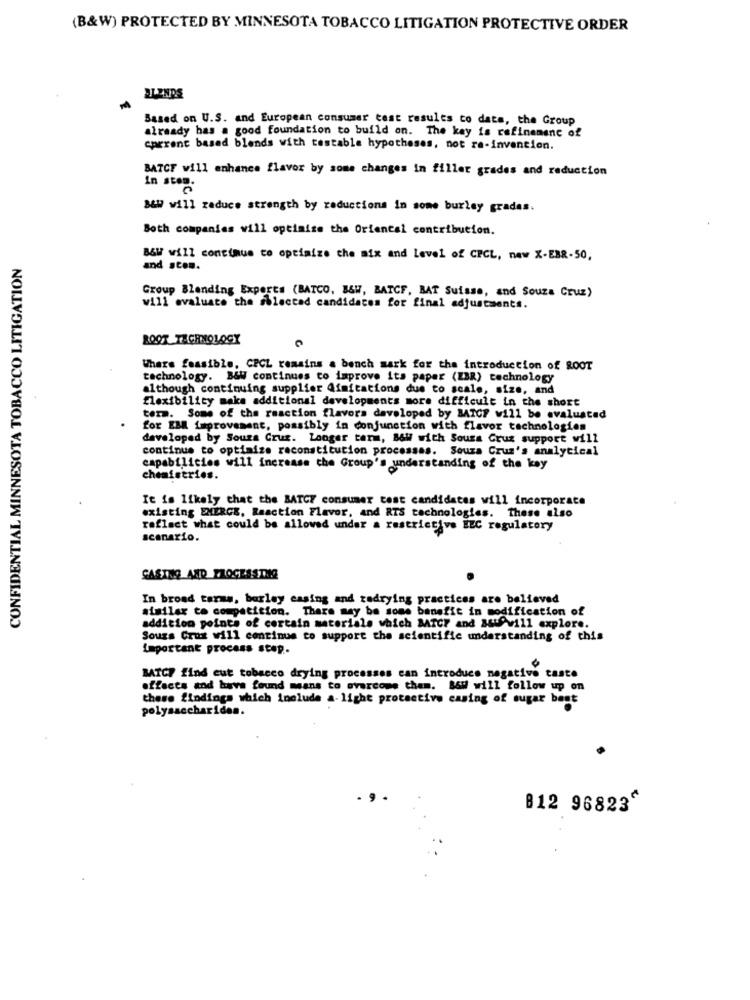
(B&W) PROTECTED BY MINNESOTA TOBACCO LITIGATION PROTECTIVE ORDER
BLENDS
Based on U.S. and European consumer test results co dats, the Group
already has a good foundation to build on. The key is refinement of
carrent based blends with testable hypotheses, not ra-invention.
BATCF will enhance flavor by some changes in filler grades and reduction
In ston.
B&W will reduce strength by reductions in some burley grades.
Both companies will optimize the Oriental contribution.
CONFIDENTIAL MINNESOTA TOBACCO LITIGATION
B&W will continue to optimize the mix and Level of CPCL, new X-EBR-50,
and .Com.
Group Blending Experts (BATCO, B&W, BATCF, BAT Suisse, and Souza Cruz)
will evaluate the shlectad candidates for final adjustments.
ROOT TECHNOLOGY
Where feasible, CPCL remains a bench mark for the introduction of ROOT
technology. B&W continues to improve its paper (EBR) technology
although continuing supplier Qimitations due to scale, size, and
flexibility make additional developments more difficult in the short
term. Some of the reaction flavors developed by BATCF will be evaluated
for IBM improvement, possibly in conjunction with flavor technologies
developed by Souza Cruz. Longer term, 86W with Souza Cruz support will
continue to optimize reconstitution processes. Souza Cruz's analytical
capabilities will increase the Group's understanding of the key
chemiseries.
It is likely that the BATCE consumer test candidates will incorporate
existing EMERGE, Reaction Flavor, and RTS technologies. These also
reflect what could be allowed under a restrictive EEC regulatory
scenario.
CASING AND PROCESSTHE
In broad tarms, barley casing and zadrying practices are believed
similar to competition. There may be some benefit in modification of
addition points of certain materials which BTC7 and 365 will explore.
Sougs Crux will continue to support the scientific understanding of this
important process stop.
BATCH find cut tobacco drying processes can introduce negative taste
effects and have found means to overcome them. B&W will follow up on
these findings which include a- light protective casing of sugar best
polysaccharides.
812 96823"